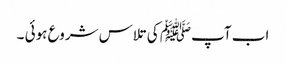
اب آپﷺ کی تلاس شروع ہوئی ۔